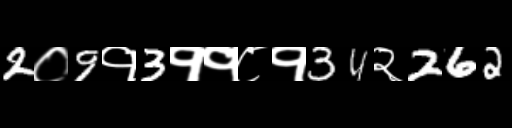
Text: 2०9१3११८१34२262